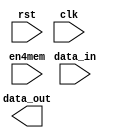
module Layer1(
	input				rst,//in 1
	input				clk,//in 1
	input	[19:0]		data_in,//in 20
	input	[3:0]		en4mem,//in 4
	output	[19:0]		data_out//out 20
		);
//////////////////// var //////////////////////
	reg		[19:0]	MEM	[0:3];
	reg		[2:0]	i;
	wire	[19:0]	MAX;
	wire	[19:0]	S0_MAX;
	wire	[19:0]	S1_MAX;
//////////////////// MEM //////////////////////
	always@(posedge clk or posedge rst)begin
		if(rst)begin
			for(i=3'd0;i<3'd4;i=i+1)begin
				MEM[i]<=20'd0;
			end
		end else begin
			for(i=3'd0;i<3'd4;i=i+1)begin
				if(en4mem[i])begin
					MEM[i]<=data_in;
				end
			end
		end
	end
	assign S0_MAX=(MEM[0]>MEM[1])?MEM[0]:MEM[1];
	assign S1_MAX=(MEM[1]>MEM[2])?MEM[1]:MEM[2];
	assign MAX=(S0_MAX>S1_MAX)?S0_MAX:S1_MAX;
endmodule